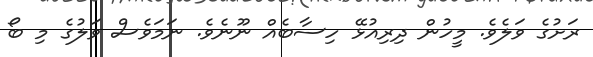
ރަށުގެ ވަލެވެ. މީހުން ދިރިއުޅޭ ހިސާބެއް ނޫނެވެ. ނަމަވެސް ވަލުގެ މި ބޯ